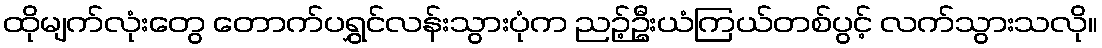
ထိုမျက်လုံးတွေ တောက်ပရွှင်လန်းသွားပုံက ညဉ့်ဦးယံကြယ်တစ်ပွင့် လက်သွားသလို။